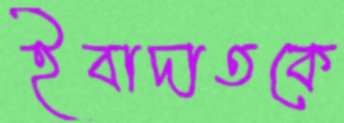
ইবাদাতকে